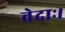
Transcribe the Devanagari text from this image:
वेदाः।